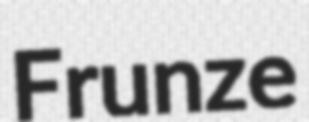
Frunze